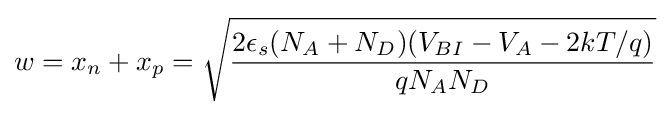
w=x_{n}+x_{p}={\sqrt {\frac {2\epsilon _{s}(N_{A}+N_{D})(V_{BI}-V_{A}-2kT/q)}{qN_{A}N_{D}}}}